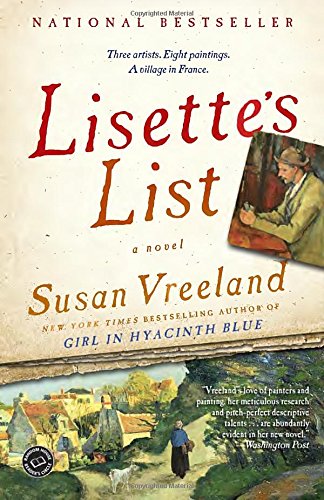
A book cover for Lisette's List: A Novel; Susan Vreeland; Romance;